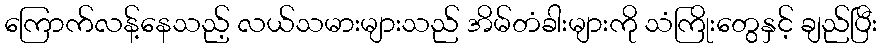
ကြောက်လန့်နေသည့် လယ်သမားများသည် အိမ်တံခါးများကို သံကြိုးတွေနှင့် ချည်ပြီး